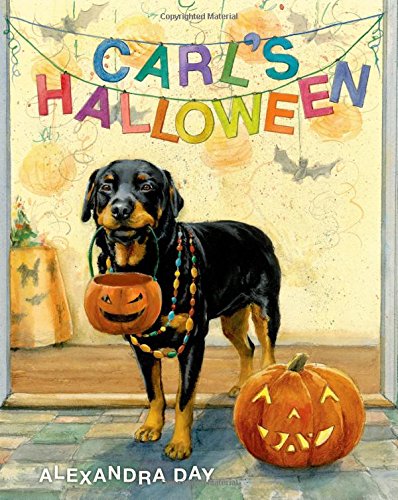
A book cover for Carl's Halloween; Alexandra Day; Children's Books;